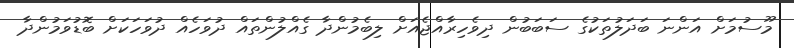
މޫސުމަށް އަންނަ ބަދަލުތަކުގެ ސަބަބުން ދިވެހިރާއްޖެއަށް ލިބެމުންދާ ގެއްލުންތައް ދުވަހެއް ދުވަހަކަށް ބޮޑުވަމުންދާ